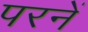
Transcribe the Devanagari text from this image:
परनें